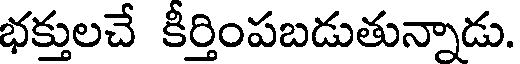
భక్తులచే కీర్తింపబడుతున్నాడు.